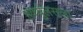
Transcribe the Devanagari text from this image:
हर्क्युलसला